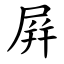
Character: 屛